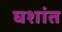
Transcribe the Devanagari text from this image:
घशांत